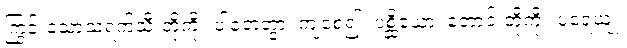
ကြွင်းသောသရက်သီးတို့ကို။ ပါတေတွာ၊ ကျစေ၍။ ပစ္ဆိယော၊ တောင်းတို့ကို။ ပူရေယျုံ၊